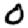
Digit: 0